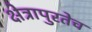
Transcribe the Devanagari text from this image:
क्षेत्रापुरतेच